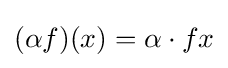
(\alpha f)(x)=\alpha \cdot fx